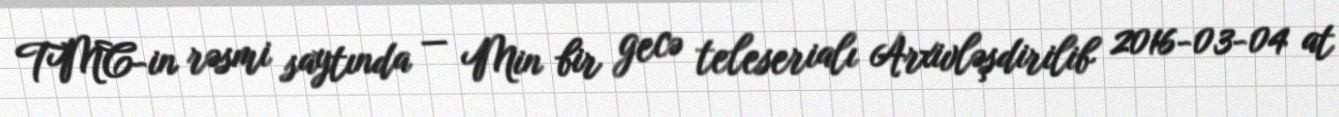
TMC-in rəsmi saytında — Min bir gecə teleserialı Arxivləşdirilib 2016-03-04 at